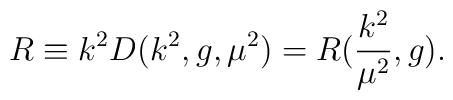
R \equiv k^2 D(k^2, g, {\mu}^2) = R(\frac{k^2}{{\mu}^2}, g).